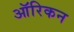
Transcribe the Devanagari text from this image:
ऑरिकन